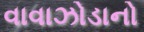
વાવાઝોડાનો